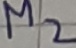
Text: M2